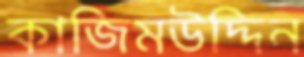
কাজিমউদ্দিন